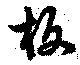
板